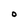
Character: O